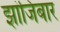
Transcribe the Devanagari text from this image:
झांजिबार